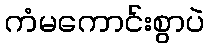
ကံမကောင်းစွာပဲ